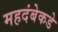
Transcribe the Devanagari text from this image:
महदंबेकडे